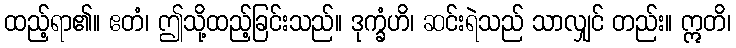
ထည့်ရာ၏။ ဧတံ၊ ဤသို့ထည့်ခြင်းသည်။ ဒုက္ခံဟိ၊ ဆင်းရဲသည် သာလျှင် တည်း။ ဣတိ၊